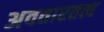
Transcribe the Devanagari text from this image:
अवतारतत्व